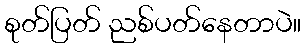
စုတ်ပြတ် ညစ်ပတ်နေတာပဲ။